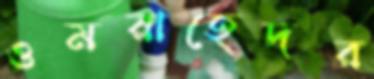
ওমরাহেদর